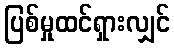
ပြစ်မှုထင်ရှားလျှင်